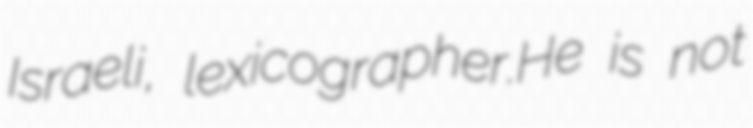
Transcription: Israeli, lexicographer.He is not